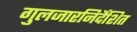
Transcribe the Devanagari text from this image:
गुलजारनिर्देशित